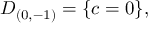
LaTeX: { \cal D } _ { ( 0 , - 1 ) } = \{ c = 0 \} ,